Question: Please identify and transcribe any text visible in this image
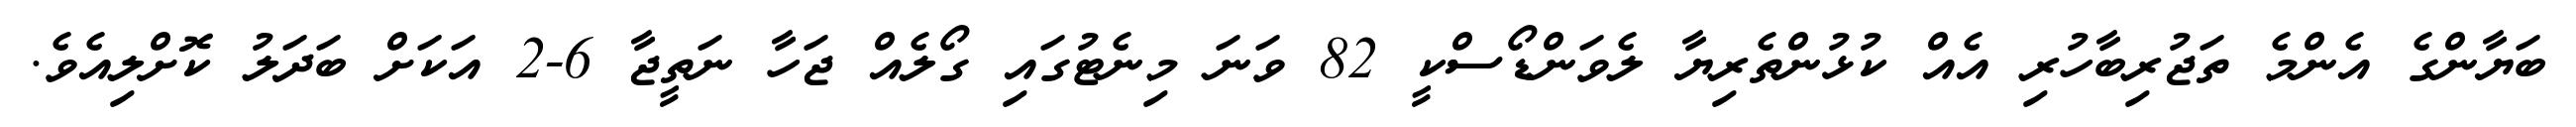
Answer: ބަޔާންގެ އެންމެ ތަޖުރިބާހުރި އެއް ކުޅުންތެރިޔާ ލެވަންޑޯސްކީ 82 ވަނަ މިނެޓުގައި ގޯލެއް ޖަހާ ނަތީޖާ 6-2 އަކަށް ބަދަލު ކޮށްލިއެވެ.